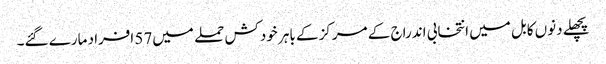
پچھلے دنوں کابل میں انتخابی اندراج کے مرکز کے باہر خودکش حملے میں57 افراد مارے گئے۔